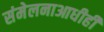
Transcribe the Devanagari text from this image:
संमेलनाआधीही